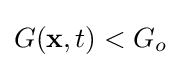
G(\mathbf {x} ,t)<G_{o}